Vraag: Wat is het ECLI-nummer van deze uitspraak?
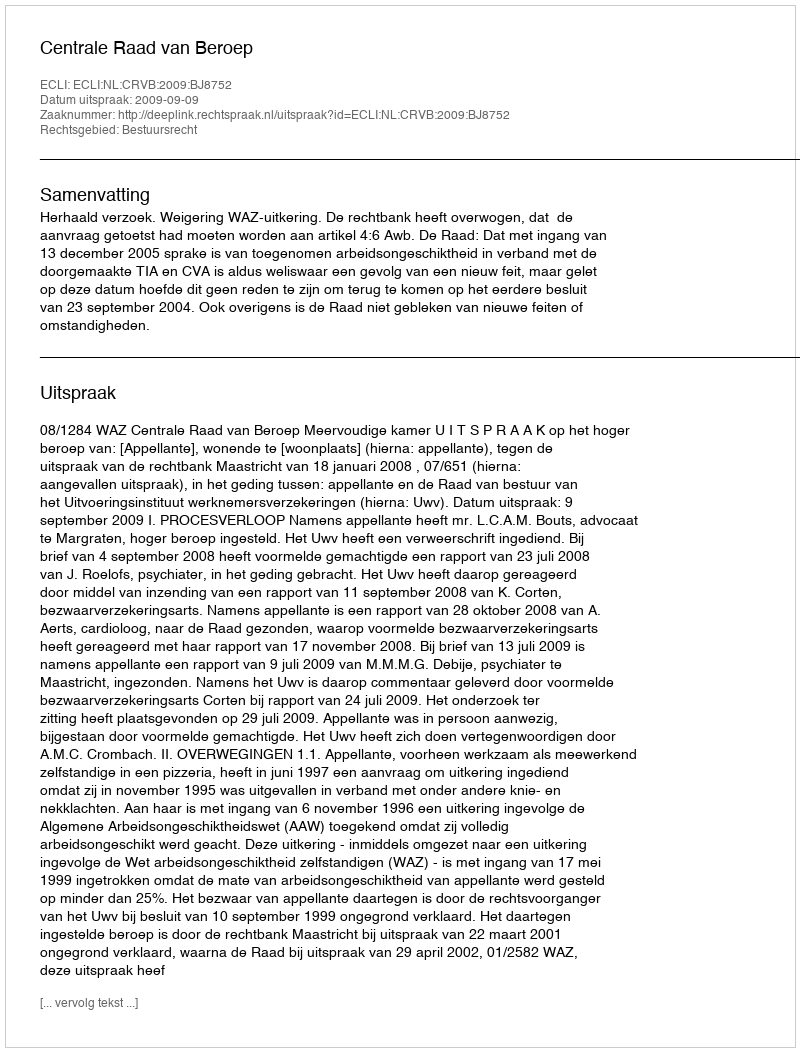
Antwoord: ECLI:NL:CRVB:2009:BJ8752